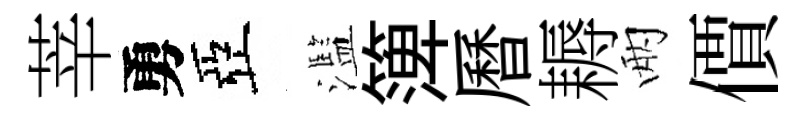
莘勇亞濫𥱼曆耨兩價